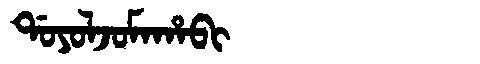
Manchu: ᡩᠣᠶᠣᠯᠵᠣᠮᠠᡥᠠᠪᡳ
Romanization: DOYOLJOMAHABI